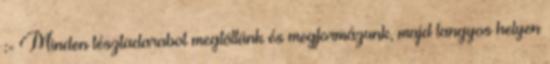
:- Minden tésztadarabot megtöltünk és megformázunk, majd langyos helyen